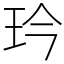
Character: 玪